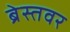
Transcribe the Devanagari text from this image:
ब्रेस्तवर